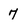
Character: 7